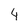
Character: 4